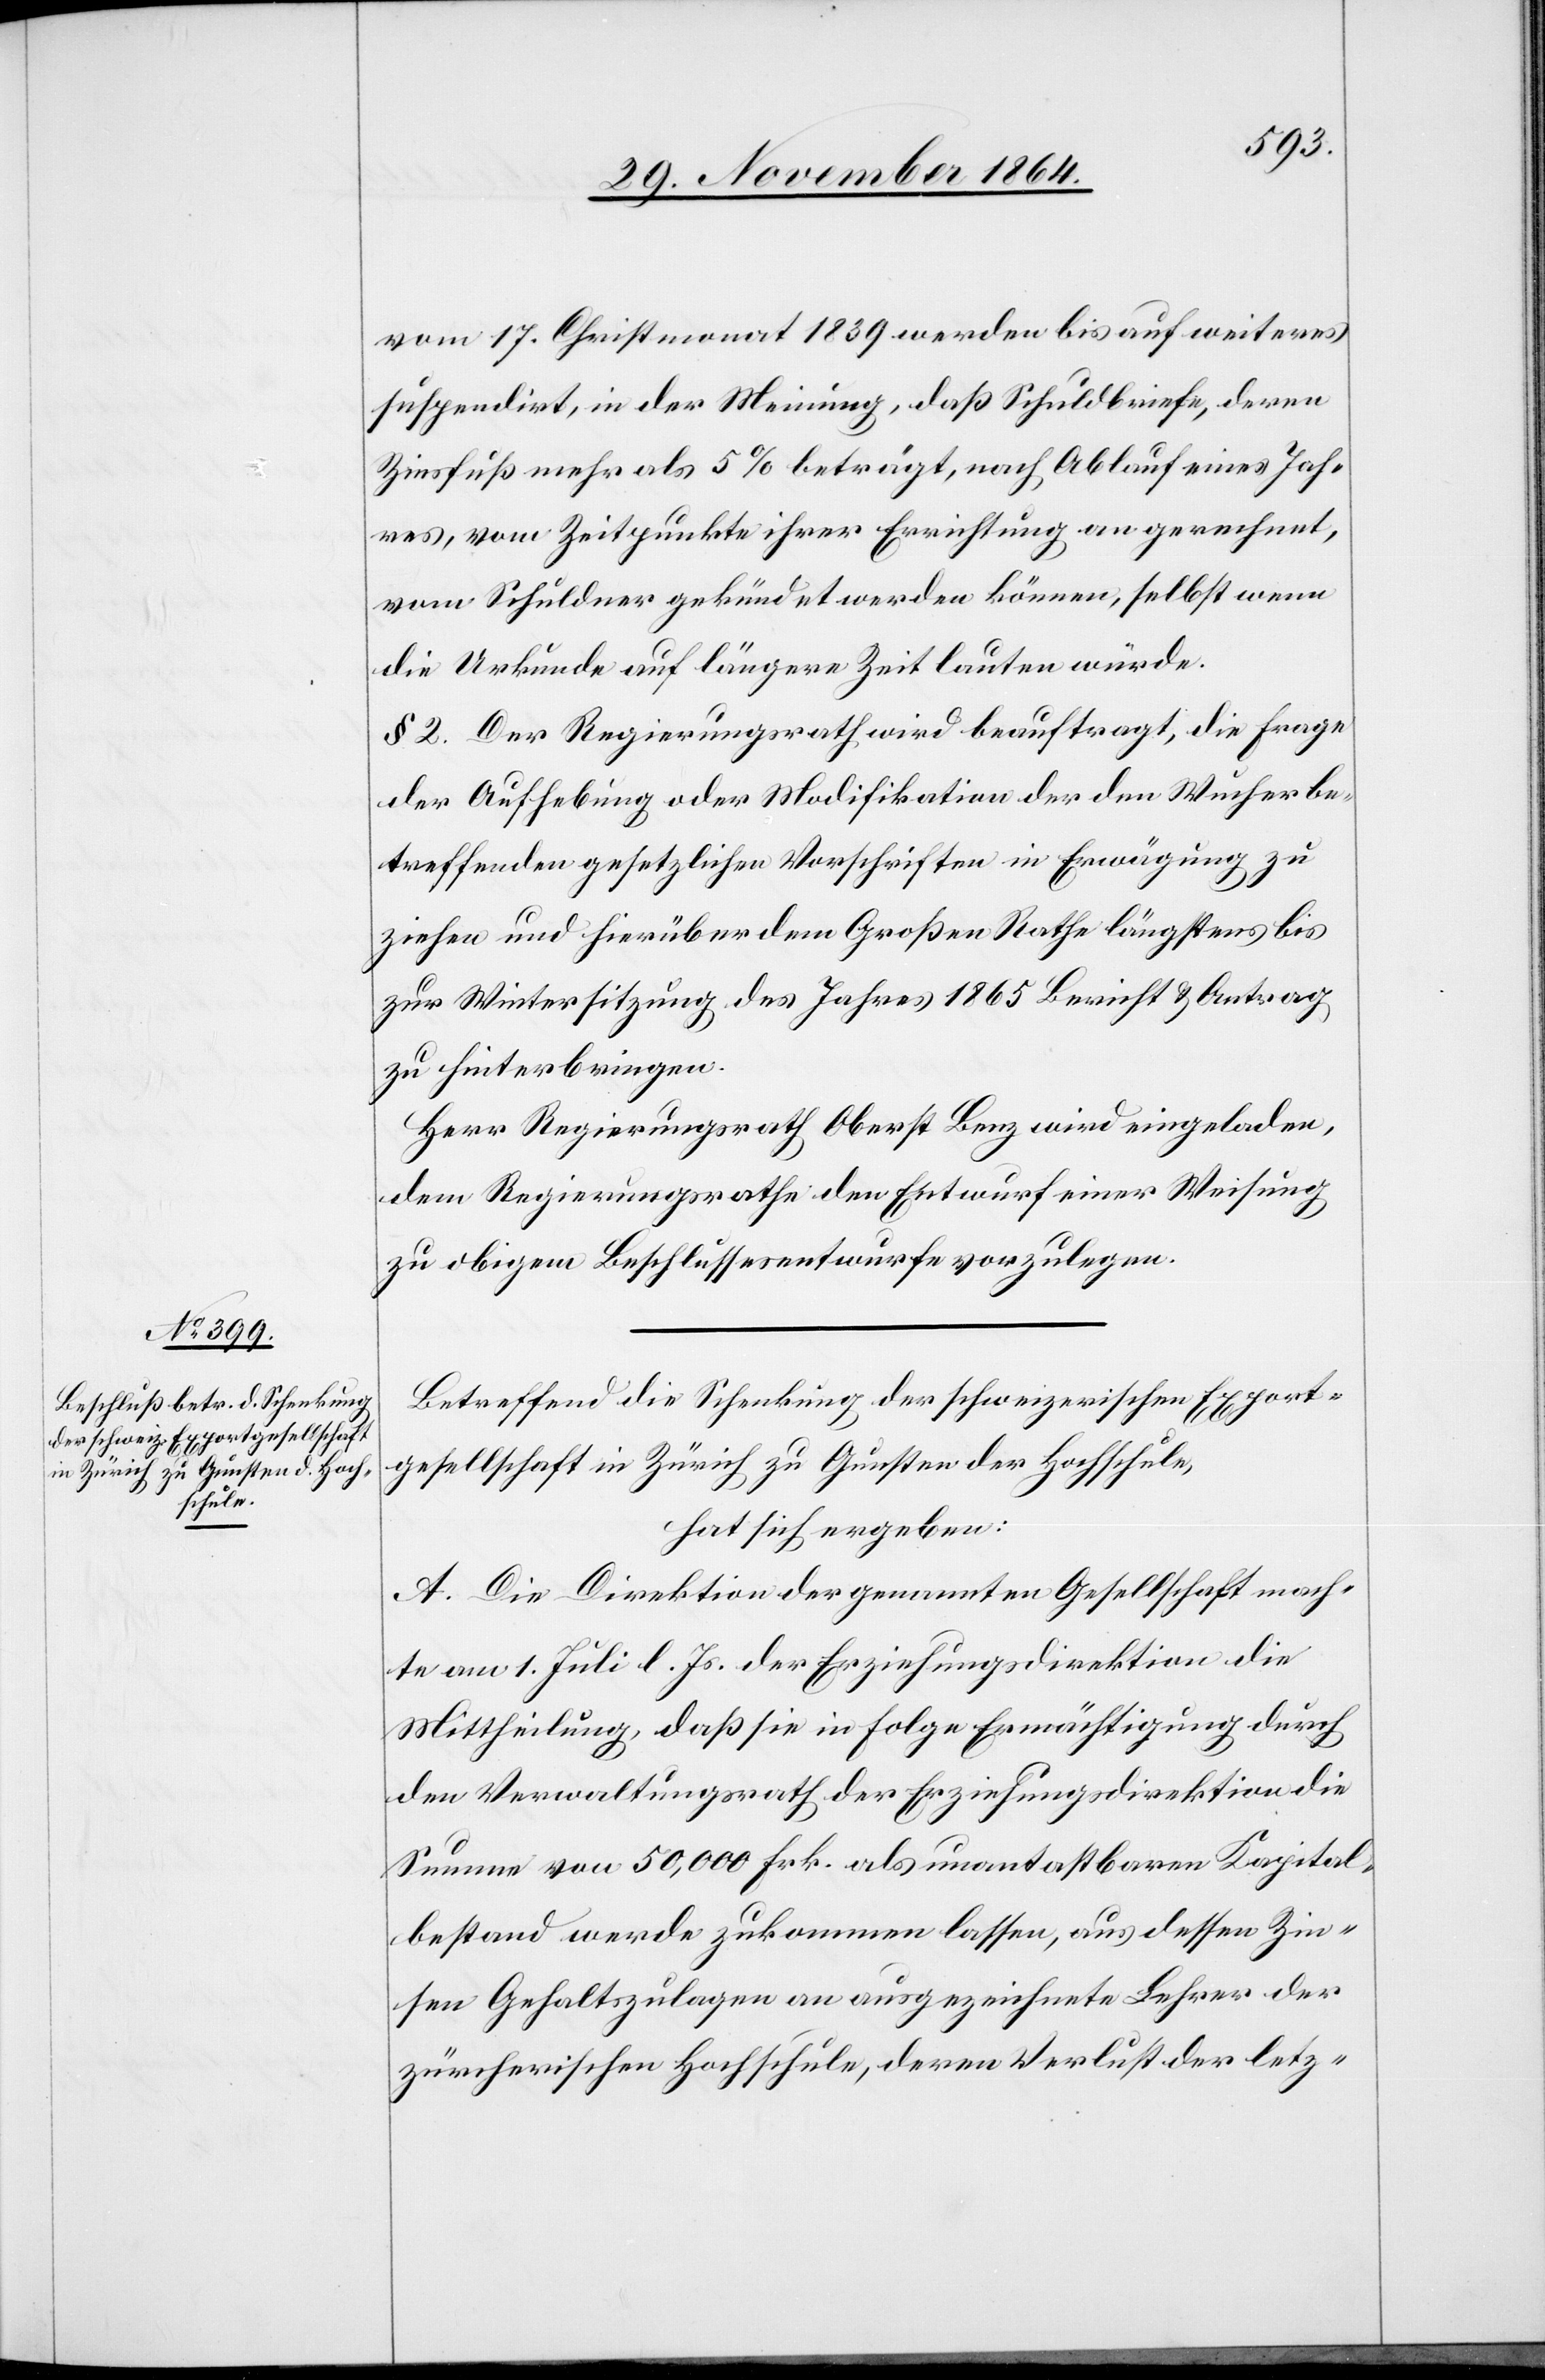
vom 17. Christmonat 1839 werden bis auf weiteres
suspendirt, in der Meinung, daß Schuldbriefe, deren
Zinsfuß mehr als 5% beträgt, nach Ablauf eines Jah¬
res, vom Zeitpunkte ihrer Errichtung an gerechnet,
vom Schuldner gekündet werden können, selbst wenn
die Urkunde auf längere Zeit lauten würde.
§ 2. Der Regierungsrath wird beauftragt, die Frage
der Aufhebung oder Modifikation der den Wucher be¬
treffenden gesetzlichen Vorschriften in Erwägung zu
ziehen und hierüber dem Großen Rathe längstens bis
zur Wintersitzung des Jahres 1865 Bericht & Antrag
zu hinterbringen.
Herr Regierungsrath Oberst Benz wird eingeladen,
dem Regierungsrathe den Entwurf einer Weisung
zu obigem Beschlussesentwurfe vorzulegen.
Betreffend die Schenkung der schweizerischen Export¬
gesellschaft in Zürich zu Gunsten der Hochschule,
hat sich ergeben:
A. Die Direktion der genannten Gesellschaft mach¬
te am 1. Juli l. Js. der Erziehungsdirektion die
Mittheilung, daß sie in Folge Ermächtigung durch
den Verwaltungsrath der Erziehungsdirektion die
Summe von 50,000 Frk. als unantastbaren Kapital¬
bestand werde zukommen lassen, aus dessen Zin¬
sen Gehaltszulagen an ausgezeichnete Lehrer der
zürcherischen Hochschule, deren Verlust der letz-